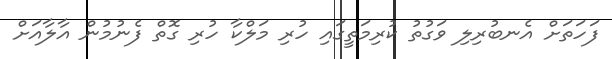
ފަހަތަށް އެނބުރިލި ވަގުތު ކުރިމަތީގައި ހުރި މަލްކާ ހުރި ގޮތް ފެނުމުން އާލާއަށް